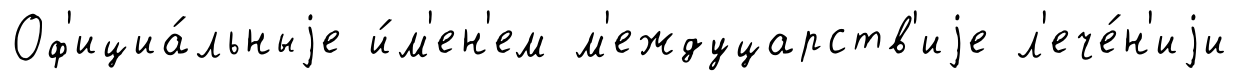
Оф'ициа́льныjе и́м'ен'ем м'еждуцарств'иjе л'ече́н'иjи